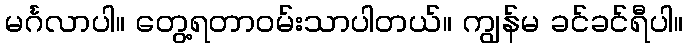
မင်္ဂလာပါ။ တွေ့ရတာဝမ်းသာပါတယ်။ ကျွန်မ ခင်ခင်ရီပါ။